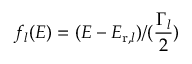
f _ { l } ( E ) = ( E - E _ { \mathrm { r } , l } ) / ( \frac { \Gamma _ { l } } { 2 } )